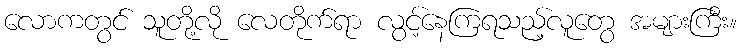
လောကတွင် သူတို့လို လေတိုက်ရာ လွင့်နေကြရသည့်လူတွေ အများကြီး။